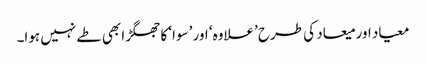
معیاد اور میعاد کی طرح ’علاوہ‘ اور ’سوا‘ کا جھگڑا بھی طے نہیں ہوا۔